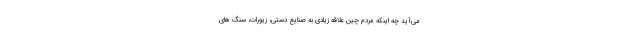
می‌آید چه اینکه مردم چین علاقه زیادی به صنایع دستی، زیورات، سنگ های